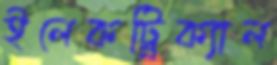
ইলেকট্র্রিক্যাল